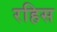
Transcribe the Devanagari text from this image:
रहिस